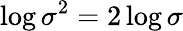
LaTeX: \log\sigma^{2}=2\log\sigma